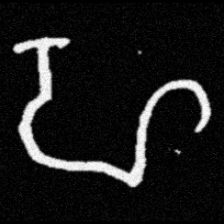
Pyu character \u2014 Myanmar letter: ဟ (romanized: ha)